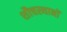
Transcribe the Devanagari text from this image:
शौचस्थानों